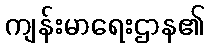
ကျန်းမာရေးဌာန၏